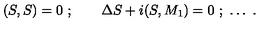
( S , S ) = 0 \ ; \qquad \Delta S + i ( S , M _ { 1 } ) = 0 \ ; \ \ldots \ .